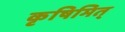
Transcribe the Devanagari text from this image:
कृषिमित्